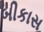
બીકાસ